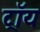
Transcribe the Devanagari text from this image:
ट्राॅय